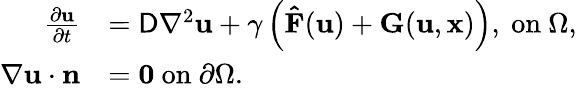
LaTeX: \begin{array}{rl}{\frac{\partial\mathbf{u}}{\partial t}}&{=\mathsf{D}\nabla^{2}\mathbf{u}+\gamma\left(\mathbf{\hat{F}}(\mathbf{u})+\mathbf{G}(\mathbf{u},\mathbf{x})\right),~\mathrm{on}~\Omega,}\\ {\nabla\mathbf{u}\cdot\mathbf{n}}&{=\mathbf{0}~\mathrm{on}~\partial\Omega.}\end{array}